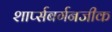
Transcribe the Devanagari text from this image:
शार्प्सबर्गनजीक